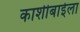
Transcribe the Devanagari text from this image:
काशीबाईला